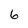
Character: 6